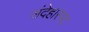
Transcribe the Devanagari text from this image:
संदेहास्‍पद